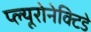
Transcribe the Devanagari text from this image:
प्ल्यूरोनेक्टिडे